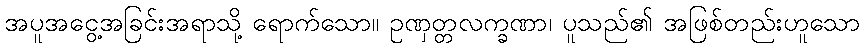
အပူအငွေ့အခြင်းအရာသို့ ရောက်သော။ ဥဏှတ္တလက္ခဏာ၊ ပူသည်၏ အဖြစ်တည်းဟူသော